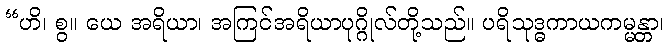
“ဟိ၊ စွ။ ယေ အရိယာ၊ အကြင်အရိယာပုဂ္ဂိုလ်တို့သည်။ ပရိသုဒ္ဓကာယကမ္မန္တာ၊